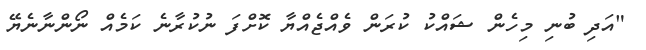
"އަދި ބުނި މިހެން ޝައްކު ކުރަން ވެއްޖެއްޔާ ކޮށްފަ ނުކުރާނެ ކަމެއް ނޯންނާނެޔޭ